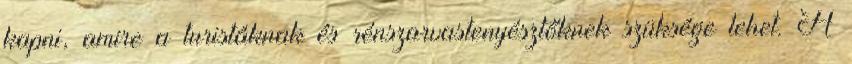
kapni, amire a turistáknak és rénszarvastenyésztőknek szüksége lehet. A